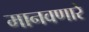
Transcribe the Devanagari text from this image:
मानवणारे